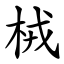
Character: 㭜